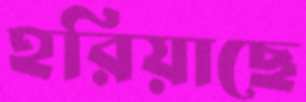
হরিয়াছে